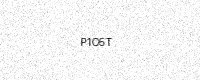
Text: P1O5T